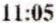
11:05